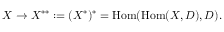
X \to X ^ { * * } : = ( X ^ { * } ) ^ { * } = \operatorname { H o m } ( \operatorname { H o m } ( X , D ) , D ) .